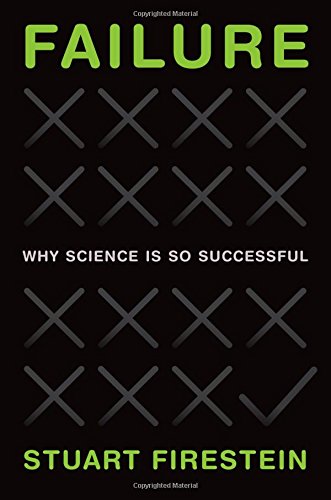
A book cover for Failure: Why Science Is So Successful; Stuart Firestein; Medical Books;